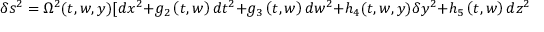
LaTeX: \delta s ^ { 2 } = \Omega ^ { 2 } ( t , w , y ) [ d x ^ { 2 } + g _ { 2 } \left( t , w \right) d t ^ { 2 } + g _ { 3 } \left( t , w \right) d w ^ { 2 } + h _ { 4 } ( t , w , y ) \delta y ^ { 2 } + h _ { 5 } \left( t , w \right) d z ^ { 2 } ] ,